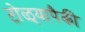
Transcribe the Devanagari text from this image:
टोळ्यापैकी